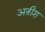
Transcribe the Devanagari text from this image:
अत्रीश